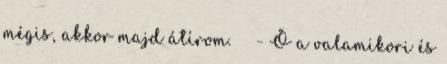
mégis, akkor majd átírom. - Ő a valamikori és